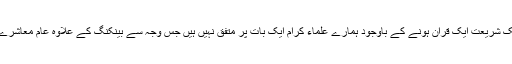
جو اس بات کی جانب نشاندہی ہے کہ ایک شریعت ایک قران ہونے کے باوجود ہمارے علماء کرام ایک بات پر متفق نہیں ہیں جس وجہ سے بینکنگ کے علاوہ عام معاشرے میں بھی عدم استحکام دیکھا جا رہا ہے۔